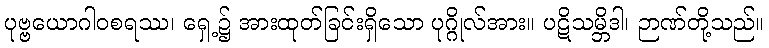
ပုဗ္ဗယောဂါဝစရဿ၊ ရှေ့၌ အားထုတ်ခြင်းရှိသော ပုဂ္ဂိုလ်အား။ ပဋိသမ္ဘိဒါ၊ ဉာဏ်တို့သည်။